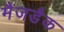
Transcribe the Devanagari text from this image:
मैजडैक